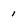
Character: 1